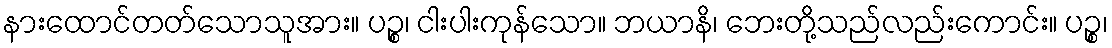
နားထောင်တတ်သောသူအား။ ပဉ္စ၊ ငါးပါးကုန်သော။ ဘယာနိ၊ ဘေးတို့သည်လည်းကောင်း။ ပဉ္စ၊